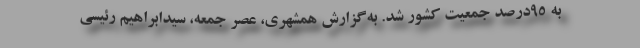
به ۹۵‌درصد جمعیت کشور شد. به‌گزارش همشهری، عصر جمعه، سیدابراهیم رئیسی